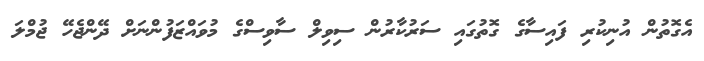
އެގޮތުން އުނިކުރި ފައިސާގެ ގޮތުގައި ސަރުކާރުން ސިވިލް ސާވިސްގެ މުވައްޒަފުންނަށް ދޭންޖެހޭ ޖުމްލަ